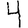
Digit: 4